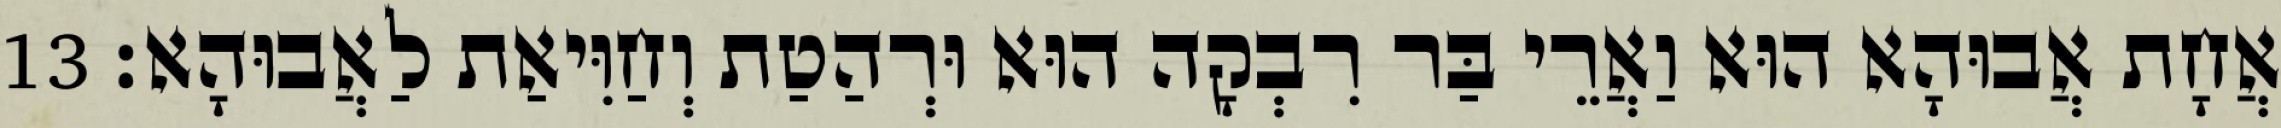
אֲחָת אֲבוּהָא הוּא וַאֲרֵי בַּר רִבְקָה הוּא וּרְהַטַת וְחַוִּיאַת לַאֲבוּהָא׃ 13